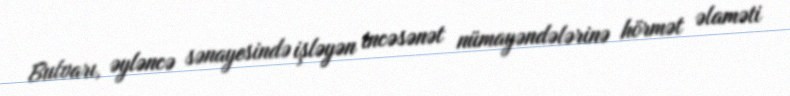
Bulvarı, əyləncə sənayesində işləyən incəsənət nümayəndələrinə hörmət əlaməti